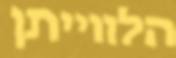
הלווייתן